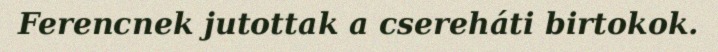
Ferencnek jutottak a csereháti birtokok.